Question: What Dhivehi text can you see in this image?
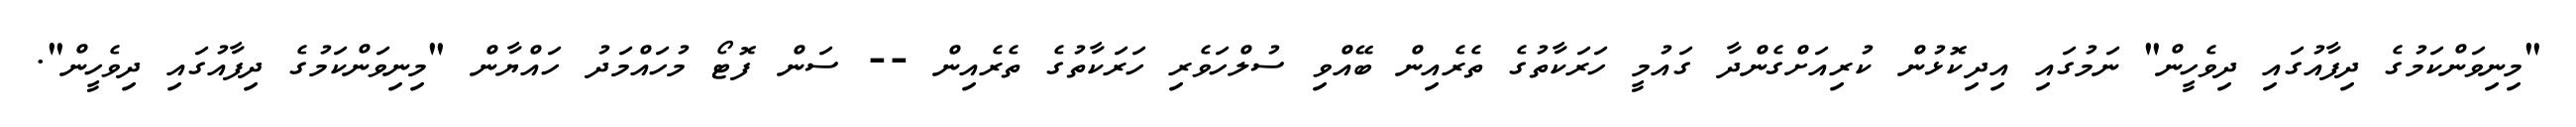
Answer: "މިނިވަންކަމުގެ ދިފާއުގައި ދިވެހީން" ނަމުގައި އިދިކޮޅުން ކުރިއަށްގެންދާ ގައުމީ ހަރަކާތުގެ ތެރެއިން ބޭއްވި ސުލްހަވެރި ހަރަކާތުގެ ތެރެއިން -- ސަން ފޮޓޯ މުހައްމަދު ހައްޔާން "މިނިވަންކަމުގެ ދިފާއުގައި ދިވެހީން".